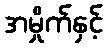
အမှိုက်နှင့်